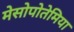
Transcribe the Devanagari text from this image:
मेसोपोतेमिया